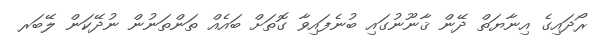
ރޯދައިގެ އިނާޔަތް ދޭން ޤާނޫނުގައި ބުނެފައިވާ ގޮތަށް ބައެއް ތަންތަނުން ނުދޭކަން ލޭބަރ